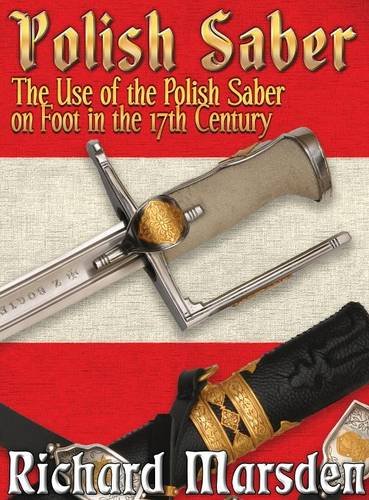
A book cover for The Polish Saber; Richard Marsden; Sports & Outdoors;